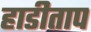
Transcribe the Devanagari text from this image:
हाडीताप